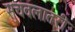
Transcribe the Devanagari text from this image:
सुचवलातरी